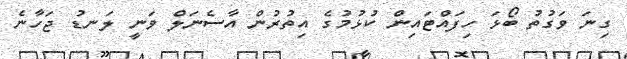
ގިނަ ވަގުތު ބޯޅަ ހިފައްޓައިން ކުޅުމުގެ އިތުރުން އާސެނަލް ވަނީ ލަނޑު ޖަހާނެ